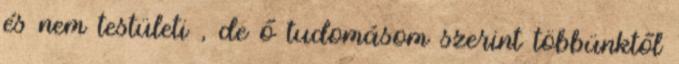
és nem testületi , de ő tudomásom szerint többünktől